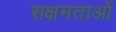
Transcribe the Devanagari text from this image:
सक्षमताओं